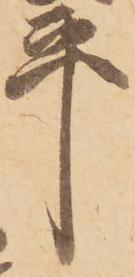
平